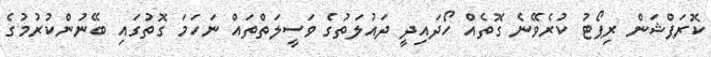
ކޮރަޕްޝަން ރިޕޯޓު ކުރެވޭނެ ގޮތެއް ހޯދައިދީ ދައުލަތުގެ ވަސީލަތްތައް ނަހަމަ ގޮތުގައި ބޭނުންކުރުމުގެ